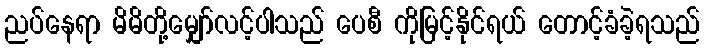
ညပ်နေရာ မိမိတို့မျှော်လင့်ပါသည် ပေစီ ကိုမြင့်နိုင်ရယ် တောင့်ခံခဲ့ရသည်